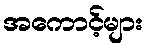
အကောင့်များ